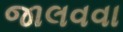
જાલવવા